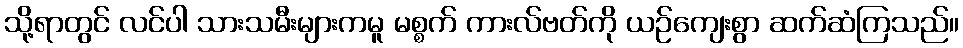
သို့ရာတွင် လင်ပါ သားသမီးများကမူ မစ္စက် ကားလ်ဗတ်ကို ယဉ်ကျေးစွာ ဆက်ဆံကြသည်။